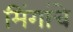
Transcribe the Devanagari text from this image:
मिंगांचे